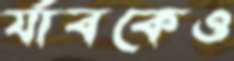
র‍্যাবকেও